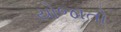
યોજાતો